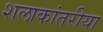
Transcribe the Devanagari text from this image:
शलाकांतरीया